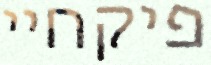
פיקחיי